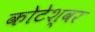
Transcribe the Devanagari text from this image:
कोटेश्‍वर